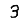
Digit: 3